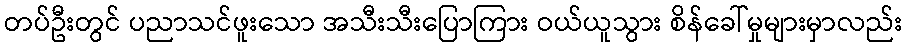
တပ်ဦးတွင် ပညာသင်ဖူးသော အသီးသီးပြောကြား ဝယ်ယူသွား စိန်ခေါ်မှုများမှာလည်း